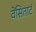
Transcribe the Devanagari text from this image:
वेंसितार्ट